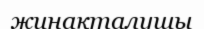
жинақталушы